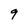
Character: 9